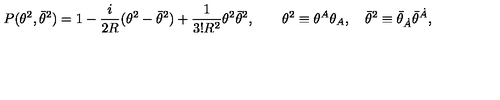
P ( \theta ^ { 2 } , \bar { \theta } ^ { 2 } ) = 1 - { \frac { i } { 2 R } } ( \theta ^ { 2 } - \bar { \theta } ^ { 2 } ) + { \frac { 1 } { 3 ! R ^ { 2 } } } \theta ^ { 2 } \bar { \theta } ^ { 2 } , \qquad \theta ^ { 2 } \equiv \theta ^ { A } \theta _ { A } , \quad \bar { \theta } ^ { 2 } \equiv \bar { \theta } _ { \dot { A } } \bar { \theta } ^ { \dot { A } } ,